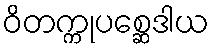
ဝိတက္ကုပစ္ဆေဒါယ